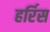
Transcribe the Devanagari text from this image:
हर्रिस